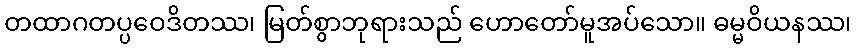
တထာဂတပ္ပဝေဒိတဿ၊ မြတ်စွာဘုရားသည် ဟောတော်မူအပ်သော။ ဓမ္မဝိယနဿ၊